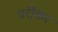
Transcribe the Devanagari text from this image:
परीकर